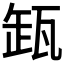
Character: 𬎩